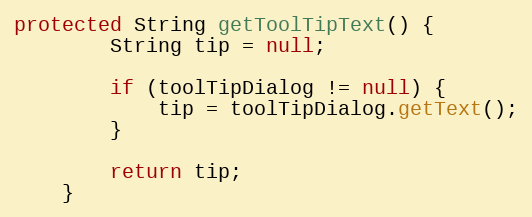
Language: Java
protected String getToolTipText() {
        String tip = null;

        if (toolTipDialog != null) {
            tip = toolTipDialog.getText();
        }

        return tip;
    }